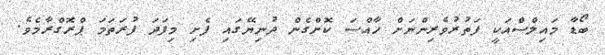
ބޯޑާ މައިލްސްއަކީ ފަތުރުވެރިންނަށް ހާއްސަ ކޮށްގެން ދުނިޔޭގައި ފެށި މިފަދަ ފުރަތަަމަ ޕްރޮގްރާމެވެ.